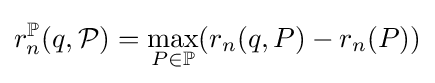
r_{n}^{\mathbb {P} }(q,{\mathcal {P}})=\max _{P\in \mathbb {P} }(r_{n}(q,P)-r_{n}(P))